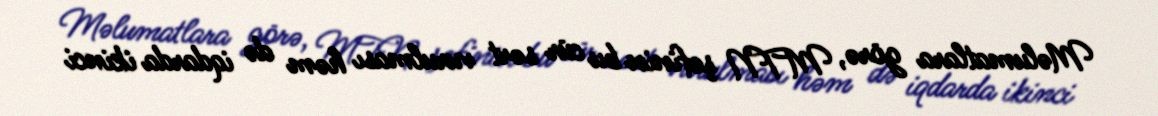
Məlumatlara görə, MTN şefinin bu cür sərt vurulması həm də iqdarda ikinci